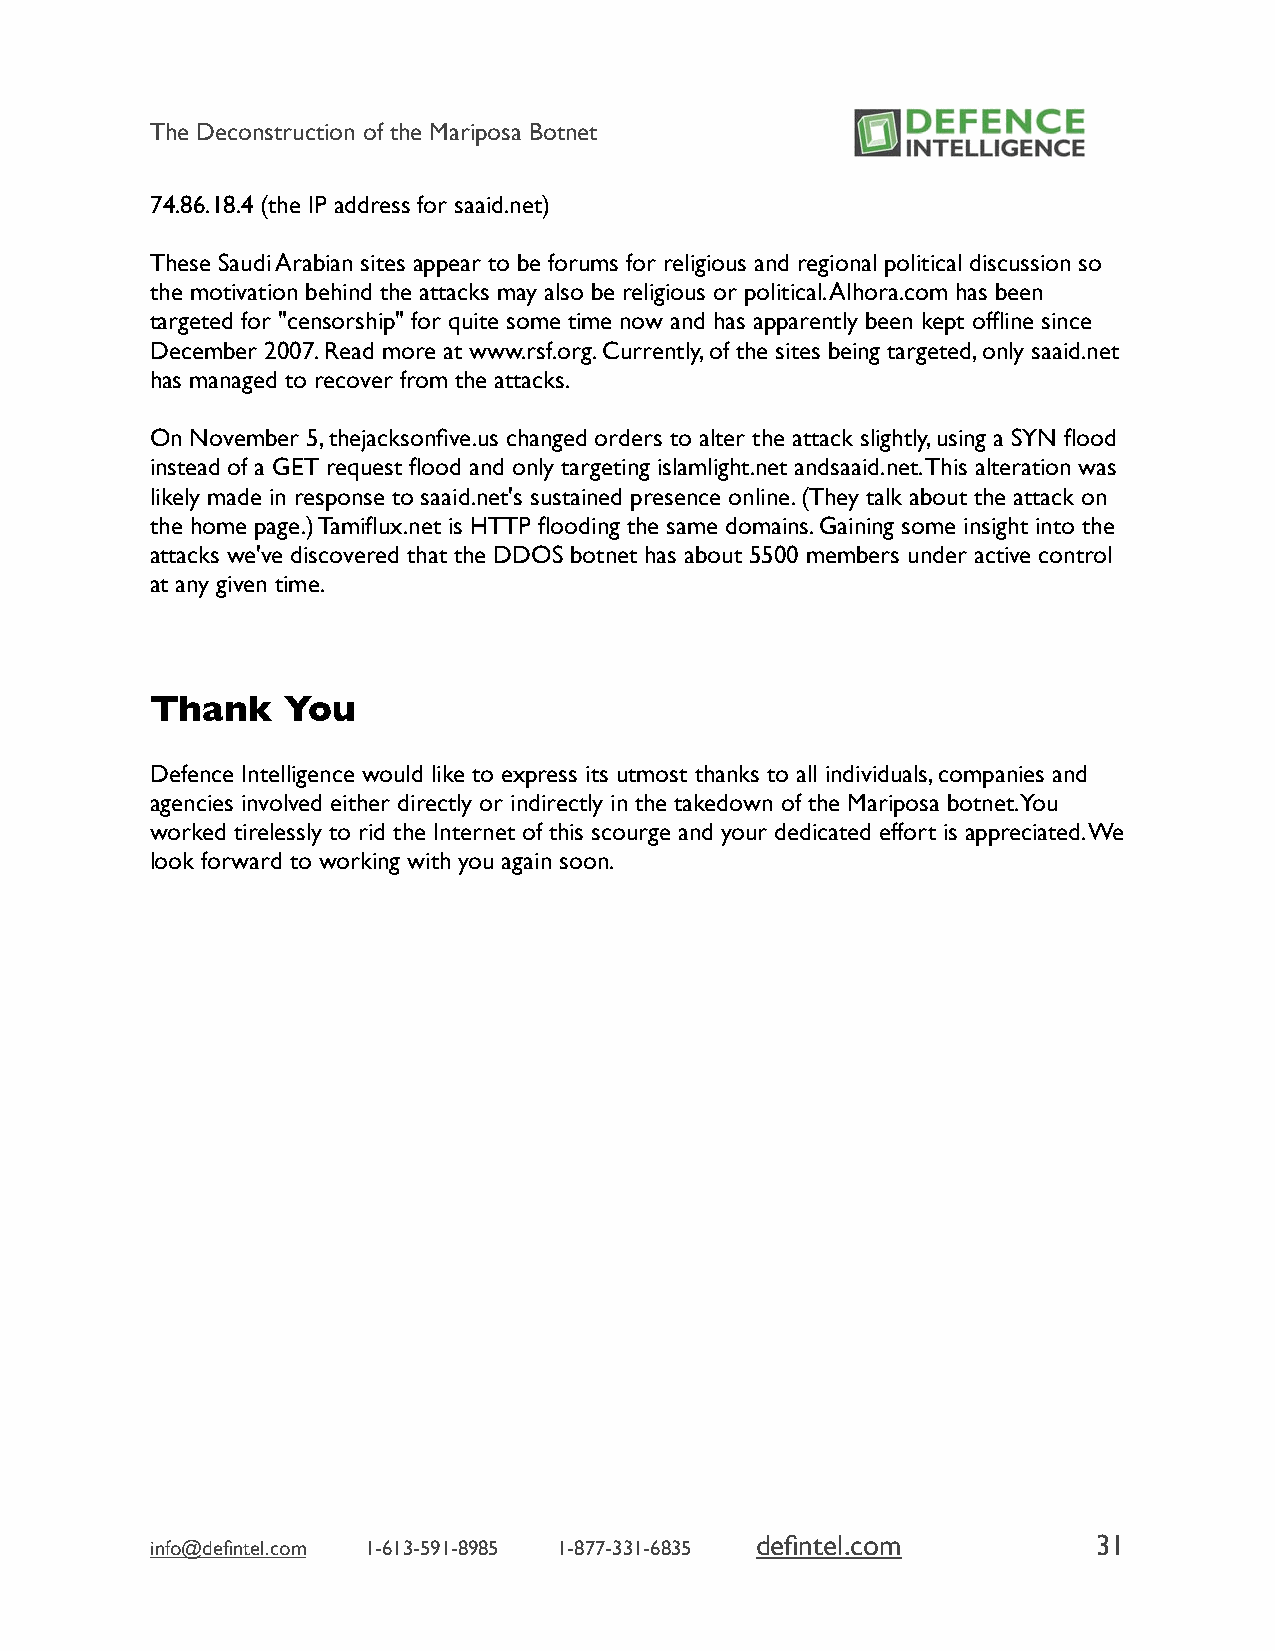
The Deconstruction of the Mariposa Botnet
 74.86.18.4 (the IP address for saaid.net)
 These Saudi Arabian sites appear to be forums for religious and regional political discussion so
 the motivation behind the attacks may also be religious or political. Alhora.com has been
 targeted for "censorship" for quite some time now and has apparently been kept offline since
 December 2007. Read more at www.rsf.org. Currently, of the sites being targeted, only saaid.net
 has managed to recover from the attacks.
 On November 5, thejacksonfive.us changed orders to alter the attack slightly, using a SYN flood
 instead of a GET request flood and only targeting islamlight.net andsaaid.net. This alteration was
 likely made in response to saaid.net's sustained presence online. (They talk about the attack on
 the home page.) Tamiflux.net is HTTP flooding the same domains. Gaining some insight into the
 attacks we've discovered that the DDOS botnet has about 5500 members under active control
 at any given time.
 Thank    You
 Defence Intelligence would like to express its utmost thanks to all individuals, companies and
 agencies involved either directly or indirectly in the takedown of the Mariposa botnet. You
 worked tirelessly to rid the Internet of this scourge and your dedicated effort is appreciated. We
 look forward to working with you again soon.
 defintel.com           31
 info@defintel.com 1-613-591-8985 1-877-331-6835